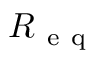
R _ { \mathrm { ~ e ~ q ~ } }